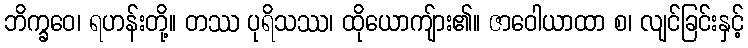
ဘိက္ခဝေ၊ ရဟန်းတို့။ တဿ ပုရိသဿ၊ ထိုယောကျ်ား၏။ ဇာဝေါယာထာ စ၊ လျင်ခြင်းနှင့်